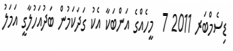
ޑިސެމްބަރ 2011 7  މީހެއްގެ އަންބަކާ އެކު ގަދަކަމުން ބަދުއަހުލާގީ އަމަލު